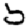
Digit: 5